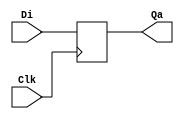
module D_flop_n (Di, Clk, Qa);

	input Di, Clk;
	output reg Qa;
	
	always @ (negedge Clk)
		Qa = Di;
	
endmodule